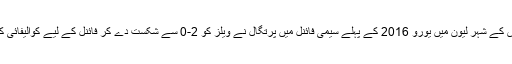
فرانس کے شہر لیون میں یورو 2016 کے پہلے سیمی فائنل میں پرتگال نے ویلز کو 2-0 سے شکست دے کر فائنل کے لیے کوالیفائی کر لیا۔